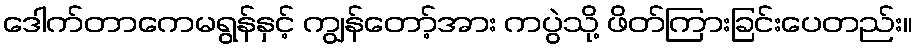
ဒေါက်တာကေမရွန်နှင့် ကျွန်တော့်အား ကပွဲသို့ ဖိတ်ကြားခြင်းပေတည်း။